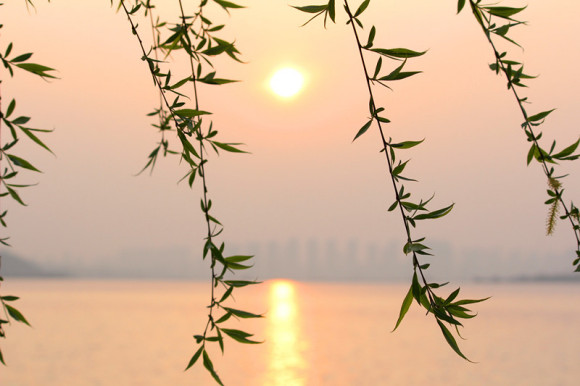
落絮无声春堕泪，行云有影月含羞。